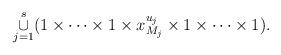
LaTeX: \begin{align*}\mathop{\cup}_{j=1}^s (1\times\cdots\times 1\times x_{M_j}^{u_j}\times 1\times\cdots\times 1).\end{align*}